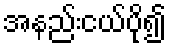
အနည်းငယ်ပို၍